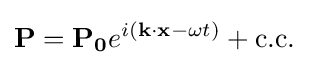
\mathbf {P} =\mathbf {P_{0}} e^{i(\mathbf {k} \cdot \mathbf {x} -\omega t)}+{\text{c.c.}}